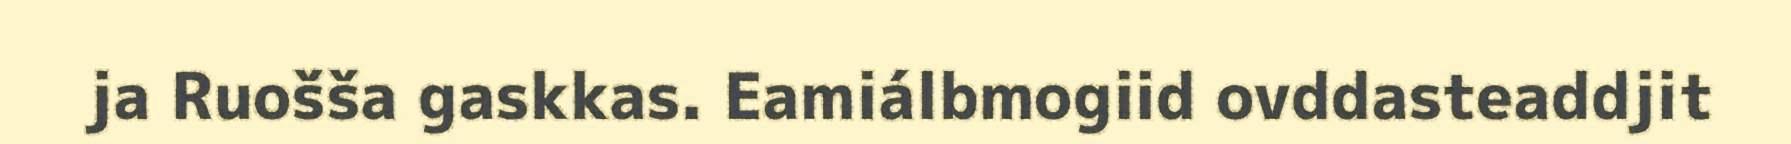
ja Ruošša gaskkas. Eamiálbmogiid ovddasteaddjit